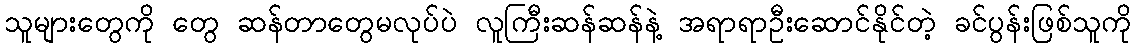
သူများတွေကို တွေ ဆန်တာတွေမလုပ်ပဲ လူကြီးဆန်ဆန်နဲ့ အရာရာဦးဆောင်နိုင်တဲ့ ခင်ပွန်းဖြစ်သူကို